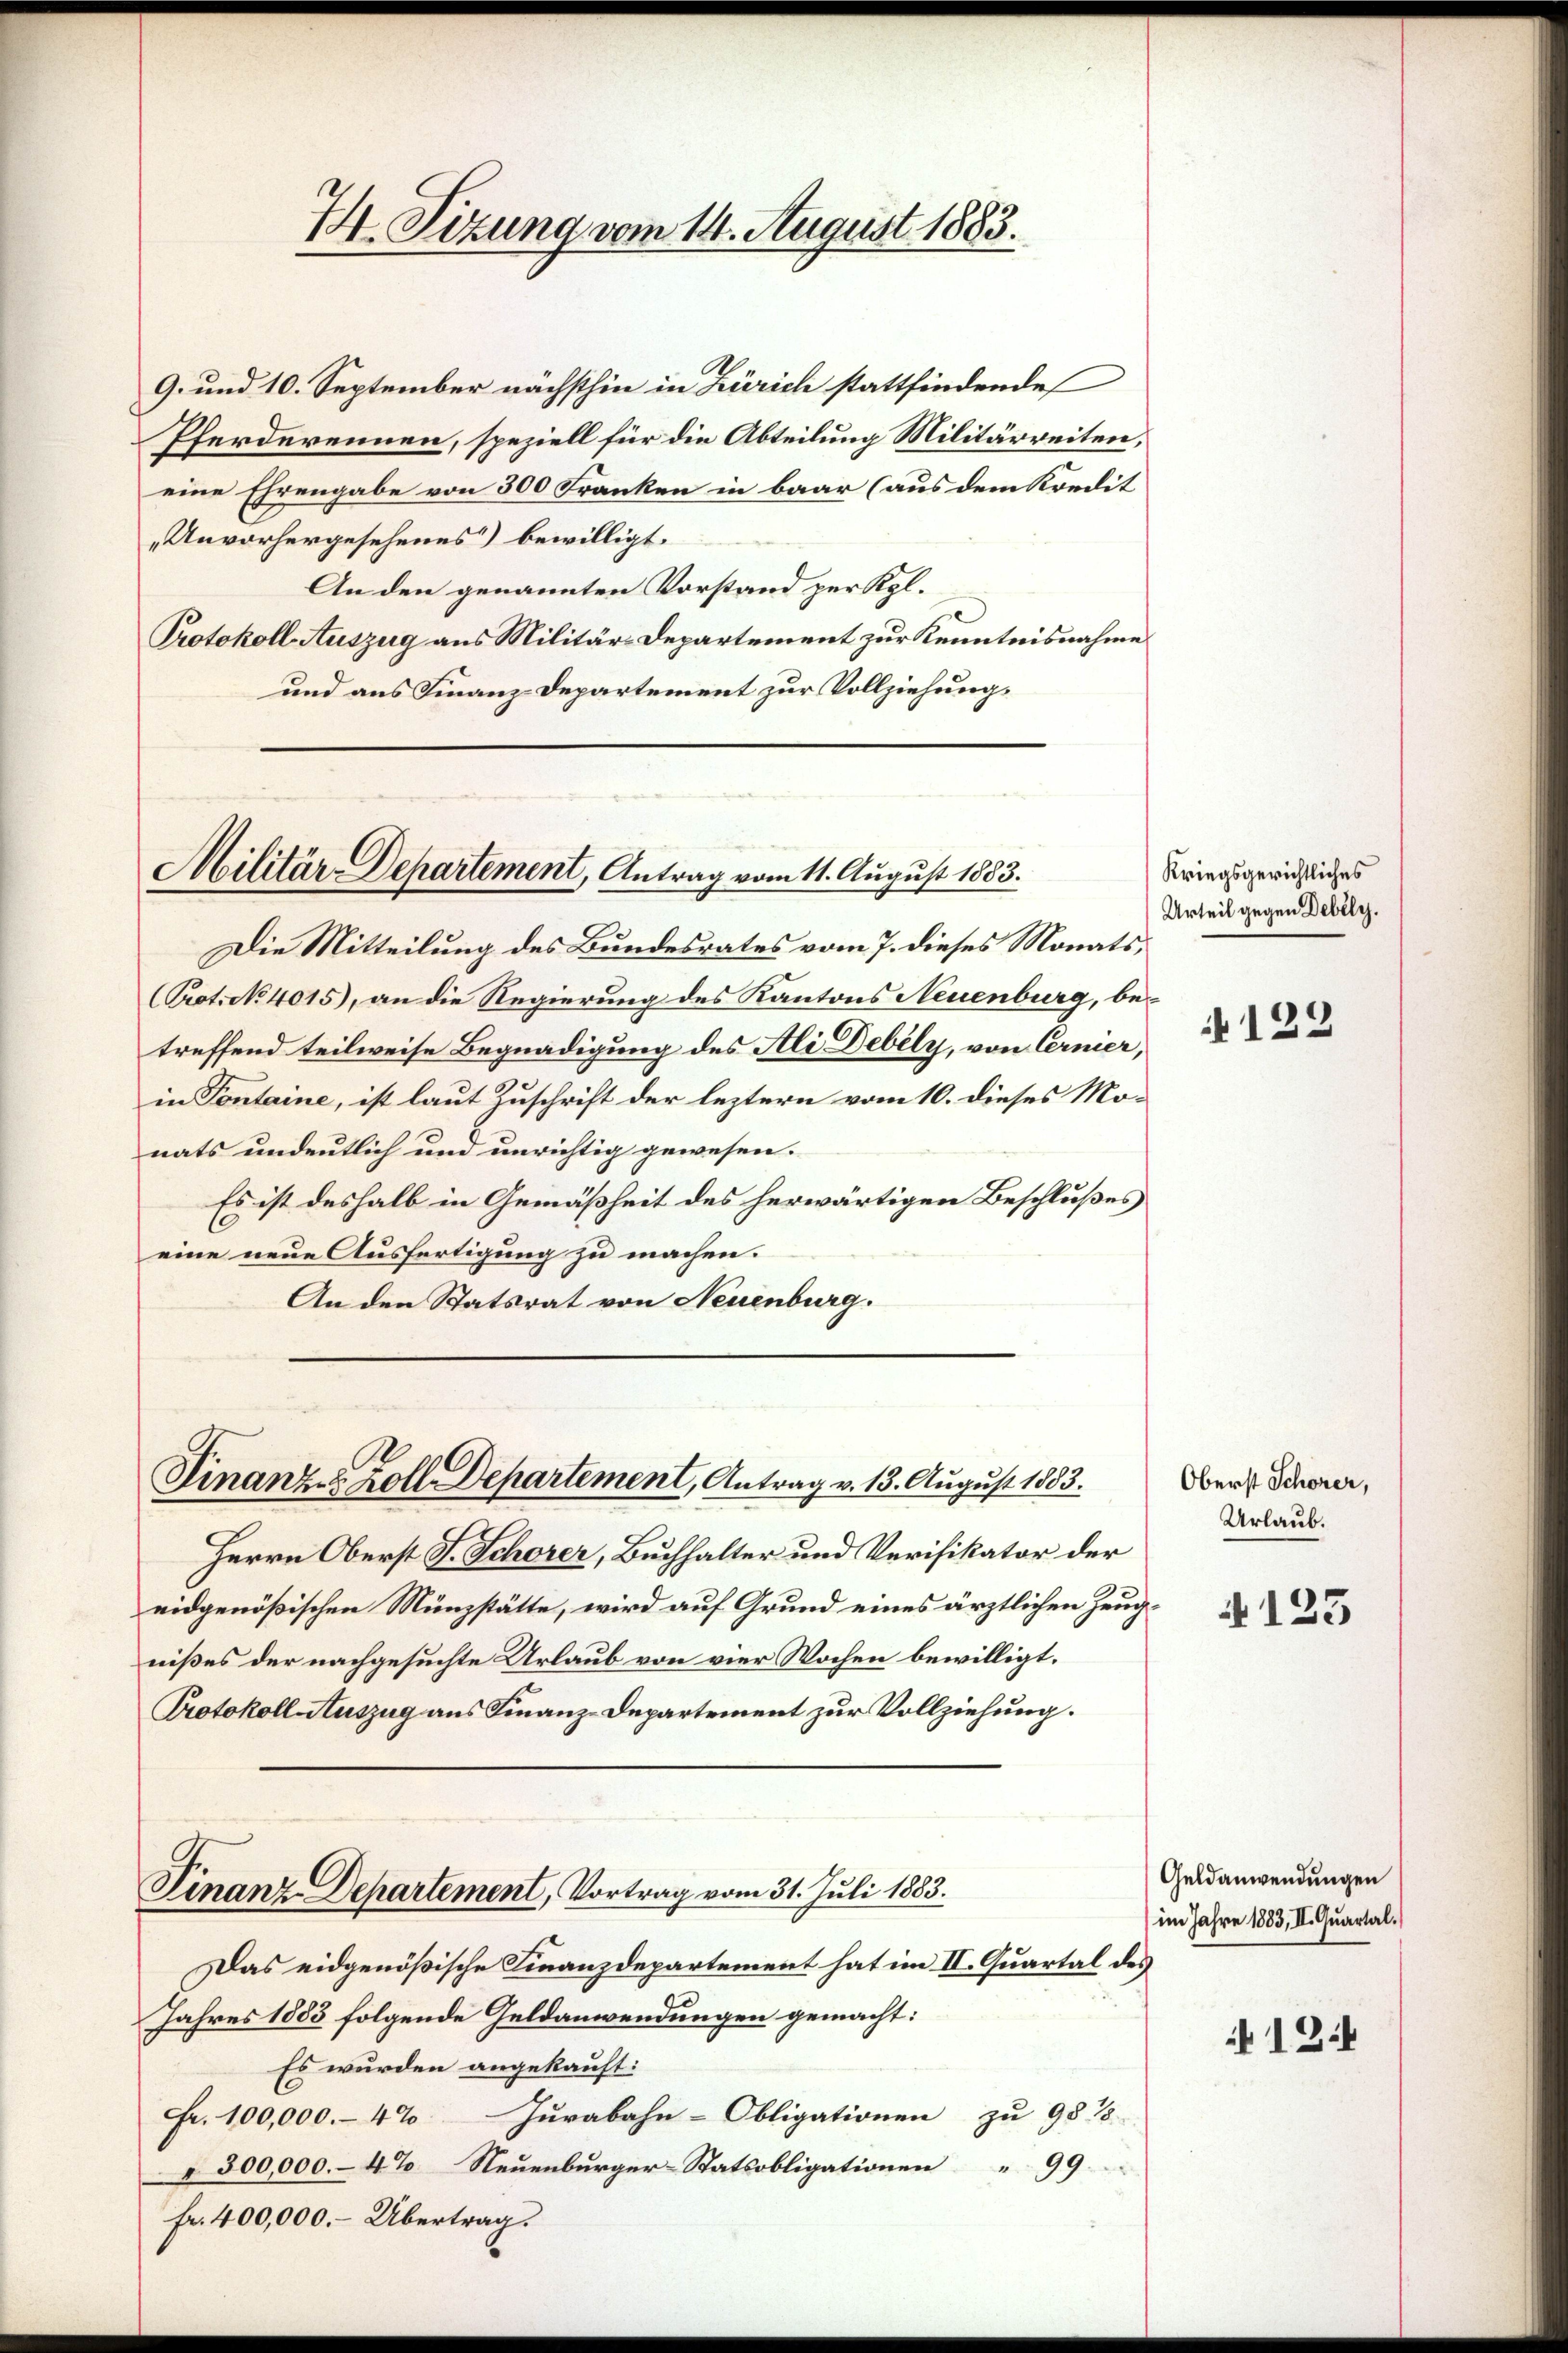
74. Sizung vom 14. August 1883.

9. und 10. September nächsthin in Zürich stattfindende
Pferderennen, speziell für die Abteilung Militärreiten,
eine Ehrengabe von 300 Franken in baar (aus dem Kondit
„Unvorhergesehenes) bewilligt.
An den genannten Vorstand per Kgl.
Protokoll Auszug aus Militär-Departement zur Kenntnisnahme
und aus Finanz-Departement zur Vollziehung

Militär-Departement, Antrag vom 11. August 1883.

Finanz-Zoll Departement, Antrag v. 13. August 1883.

Kriegsgerichtliches
Urteil gegen Debély.
122

Herrn Oberst J. Schorer, Buchhalter und Verifikator der
eidgenößischen Münzstätte, wird auf Grund eines ärztlichen Zeugnißes der nachgesuchte Urlaub von vier Wochen bewilligt.
Protokoll Auszug aus Finanz-Departement zur Vollziehung.
Finanz-Departement, Vortrag vom 31. Juli 1883.
Das eidgenößische Finanzdepartement hat im II. Quartal des
Jahres 1883 folgende Geldanwendungen gemacht:
Es würden angekauft:
Fr. 100,000.- 4% Jurabahn-Obligationen zu 98 15
" 300,000.- 4% Neuenburger-Statsobligationen " 99
fr. 400,000. - Übertrag.

Die Mitteilung des Bundesrates vom 7. dieses Monats¬
Prot. No 4015), an die Regierung des Kantons Neuenburg, betreffend teilweise Begnadigung des Ali Debely, von Cermer,
in Pontaine, ist laut Zuschrift der leztern vom 10. dieses Mo-
nats undeutlich und unrichtig gewesen.
Es ist deshalb in Gemäßheit des herwärtigen Beschlußes
eine neue Ausfertigung zu machen.
An den Statsrat von Neuenburg.

Oberst Schöner,
Urlaub.

N 123

Geldanwendungen
im Jahre 1883, II. Quartal.

12.